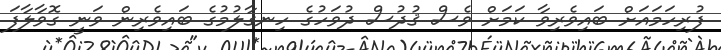
ފުރިހަމައަށް ބައިވެރިވާ ކަމަށް ވެސް ޤުދުސް ދުވަހުގެ ހިނގާލުމުގެ ބައިވެރިން ވަނީ ގޮވާލާފަ